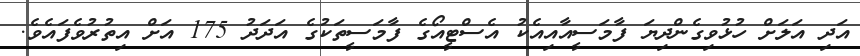
އަދި އަލަށް ހުޅުވިގެންދިޔަ ފާމަސީއާއިއެކު އެސްޓީއޯގެ ފާމަސީތަކުގެ އަދަދު 175 އަށް އިތުރުވެފައެވެ.